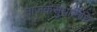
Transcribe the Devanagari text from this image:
ताजकसुधानिधि